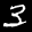
Label: 3